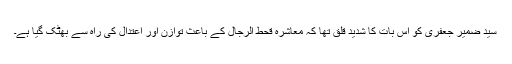
سید ضمیر جعفری کو اس بات کا شدید قلق تھا کہ معاشرہ قحط الرجال کے باعث توازن اور اعتدال کی راہ سے بھٹک گیا ہے۔